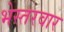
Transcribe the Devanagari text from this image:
भेस्तरवार